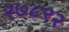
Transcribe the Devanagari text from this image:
२७८९२